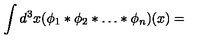
\int d ^ { 3 } x ( \phi _ { 1 } * \phi _ { 2 } * \ldots * \phi _ { n } ) ( x ) =